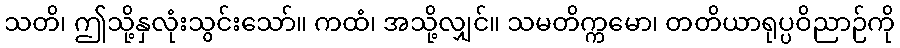
သတိ၊ ဤသို့နှလုံးသွင်းသော်။ ကထံ၊ အသို့လျှင်။ သမတိက္ကမော၊ တတိယာရုပ္ပဝိညာဉ်ကို